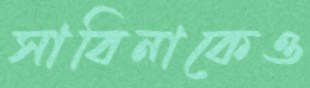
সাবিনাকেও